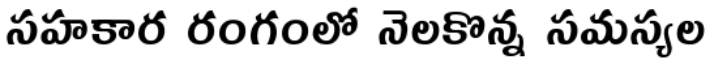
సహకార రంగంలో నెలకొన్న సమస్యల